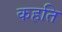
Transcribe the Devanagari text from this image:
कहति